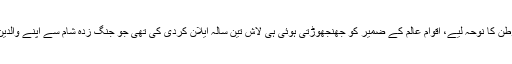
اپنی قوم، امت اور وطن کا نوحہ لیے، اقوامِ عالم کے ضمیر کو جھنجھوڑتی ہوئی ہی لاش تین سالہ ایلان کردی کی تھی جو جنگ زدہ شام سے اپنے والدین کے ساتھ نکلا تھا۔